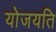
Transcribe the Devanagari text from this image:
योजयति